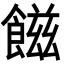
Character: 𩝐